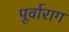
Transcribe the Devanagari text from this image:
पूर्वाराग